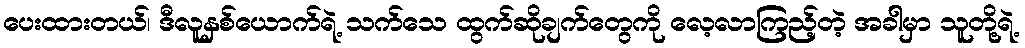
ပေးထားတယ်၊ ဒီလူနှစ်ယောက်ရဲ့ သက်သေ ထွက်ဆိုချက်တွေကို လေ့လာကြည့်တဲ့ အခါမှာ သူတို့ရဲ့